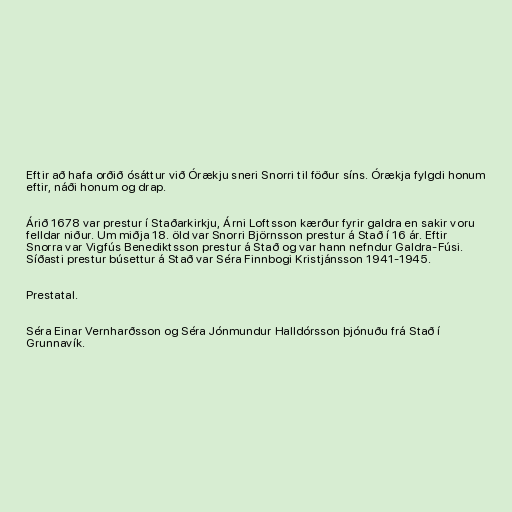
Eftir að hafa orðið ósáttur við Órækju sneri Snorri til föður síns. Órækja fylgdi honum
eftir, náði honum og drap.

Árið 1678 var prestur í Staðarkirkju, Árni Loftsson kærður fyrir galdra en sakir voru
felldar niður. Um miðja 18. öld var Snorri Björnsson prestur á Stað í 16 ár. Eftir
Snorra var Vigfús Benediktsson prestur á Stað og var hann nefndur Galdra-Fúsi.
Síðasti prestur búsettur á Stað var Séra Finnbogi Kristjánsson 1941-1945.

Prestatal.

Séra Einar Vernharðsson og Séra Jónmundur Halldórsson þjónuðu frá Stað í
Grunnavík.